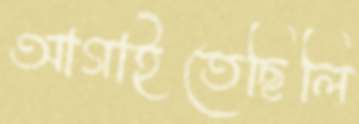
আগাইতেছিলি